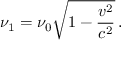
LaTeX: \nu _ { 1 } = \nu _ { 0 } { \sqrt { 1 - { \frac { v ^ { 2 } } { c ^ { 2 } } } } } \, .